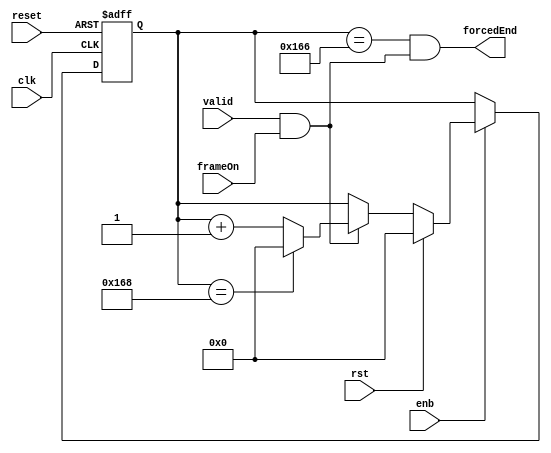
// -------------------------------------------------------------
// 
// 
// Generated by MATLAB 9.13 and HDL Coder 4.0
// 
// -------------------------------------------------------------


// -------------------------------------------------------------
// 
// Module: whdlOFDMTx_Generate_Forced_End
// Source Path: whdlOFDMTx/Frame Generator/Data/Data Chain/Symbol Interleaver/Interleaver/Write Logic/Handle Input 
// Control Signals/Generate Forced En
// Hierarchy Level: 10
// 
// -------------------------------------------------------------

`timescale 1 ns / 1 ns

module whdlOFDMTx_Generate_Forced_End
          (clk,
           reset,
           enb,
           rst,
           valid,
           frameOn,
           forcedEnd);


  input   clk;
  input   reset;
  input   enb;
  input   rst;
  input   valid;
  input   frameOn;
  output  forcedEnd;


  wire Logical_Operator1_out1;
  wire [8:0] count_step;  // ufix9
  wire [8:0] count_from;  // ufix9
  wire [8:0] count_reset;  // ufix9
  reg [8:0] currentAddr;  // ufix9
  wire [8:0] count;  // ufix9
  wire need_to_wrap;
  wire [8:0] count_value;  // ufix9
  wire [8:0] count_1;  // ufix9
  wire [8:0] count_2;  // ufix9
  wire Compare_To_Constant1_out1;
  wire Logical_Operator6_out1;


  assign Logical_Operator1_out1 = valid & frameOn;



  // Count limited, Unsigned Counter
  //  initial value   = 0
  //  step value      = 1
  //  count to value  = 360
  assign count_step = 9'b000000001;



  assign count_from = 9'b000000000;



  assign count_reset = 9'b000000000;



  assign count = currentAddr + count_step;



  assign need_to_wrap = currentAddr == 9'b101101000;



  assign count_value = (need_to_wrap == 1'b0 ? count :
              count_from);



  assign count_1 = (Logical_Operator1_out1 == 1'b0 ? currentAddr :
              count_value);



  assign count_2 = (rst == 1'b0 ? count_1 :
              count_reset);



  always @(posedge clk or posedge reset)
    begin : readyCounter_process
      if (reset == 1'b1) begin
        currentAddr <= 9'b000000000;
      end
      else begin
        if (enb) begin
          currentAddr <= count_2;
        end
      end
    end



  assign Compare_To_Constant1_out1 = currentAddr == 9'b101100110;



  assign Logical_Operator6_out1 = Compare_To_Constant1_out1 & Logical_Operator1_out1;



  assign forcedEnd = Logical_Operator6_out1;

endmodule  // whdlOFDMTx_Generate_Forced_End